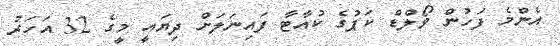
އެންމެ ފަހުން ވޯލްޑް ކަޕުގެ ކުއާޓާ ފައިނަލަށް ދިޔައީ މީގެ 32 އަހަރު